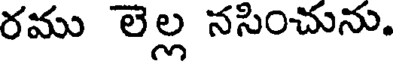
రము లెల్ల నసించును.